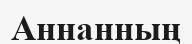
Аннанның